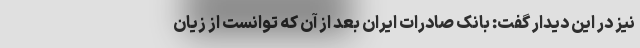
نیز در این دیدار گفت: بانک صادرات ایران بعد از آن که توانست از زیان